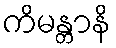
ကိမန္တာနိ